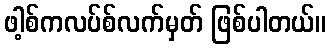
ဖါ့စ်ကလပ်စ်လက်မှတ် ဖြစ်ပါတယ်။